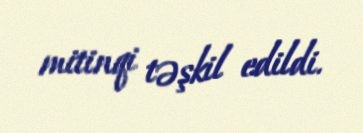
mitinqi təşkil edildi.